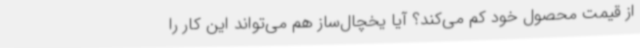
از قیمت محصول خود کم می‌کند؟ آیا یخچال‌ساز هم می‌تواند این کار را